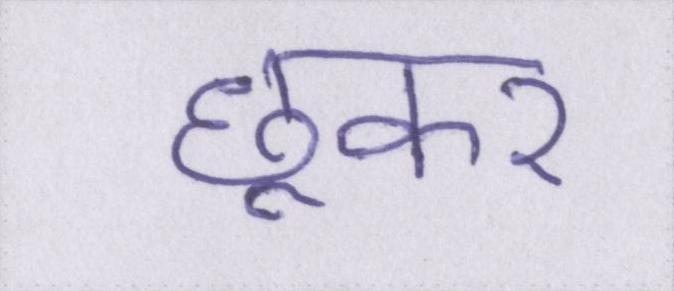
छूकर